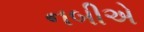
નબીએ